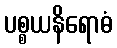
ပစ္စယနိရောဓံ